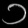
Digit: ၁